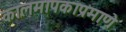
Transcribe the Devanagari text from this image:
कालमापकाप्रमाणे